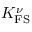
K _ { \mathrm { F S } } ^ { \nu }